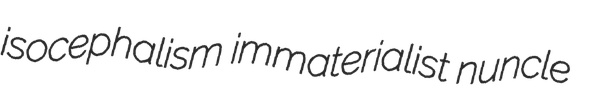
isocephalism immaterialist nuncle